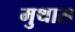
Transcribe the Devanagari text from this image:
मुथास